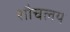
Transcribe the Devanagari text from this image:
शौचलय